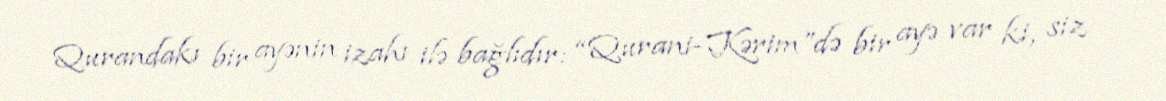
Qurandakı bir ayənin izahı ilə bağlıdır: “Qurani-Kərim”də bir ayə var ki, siz